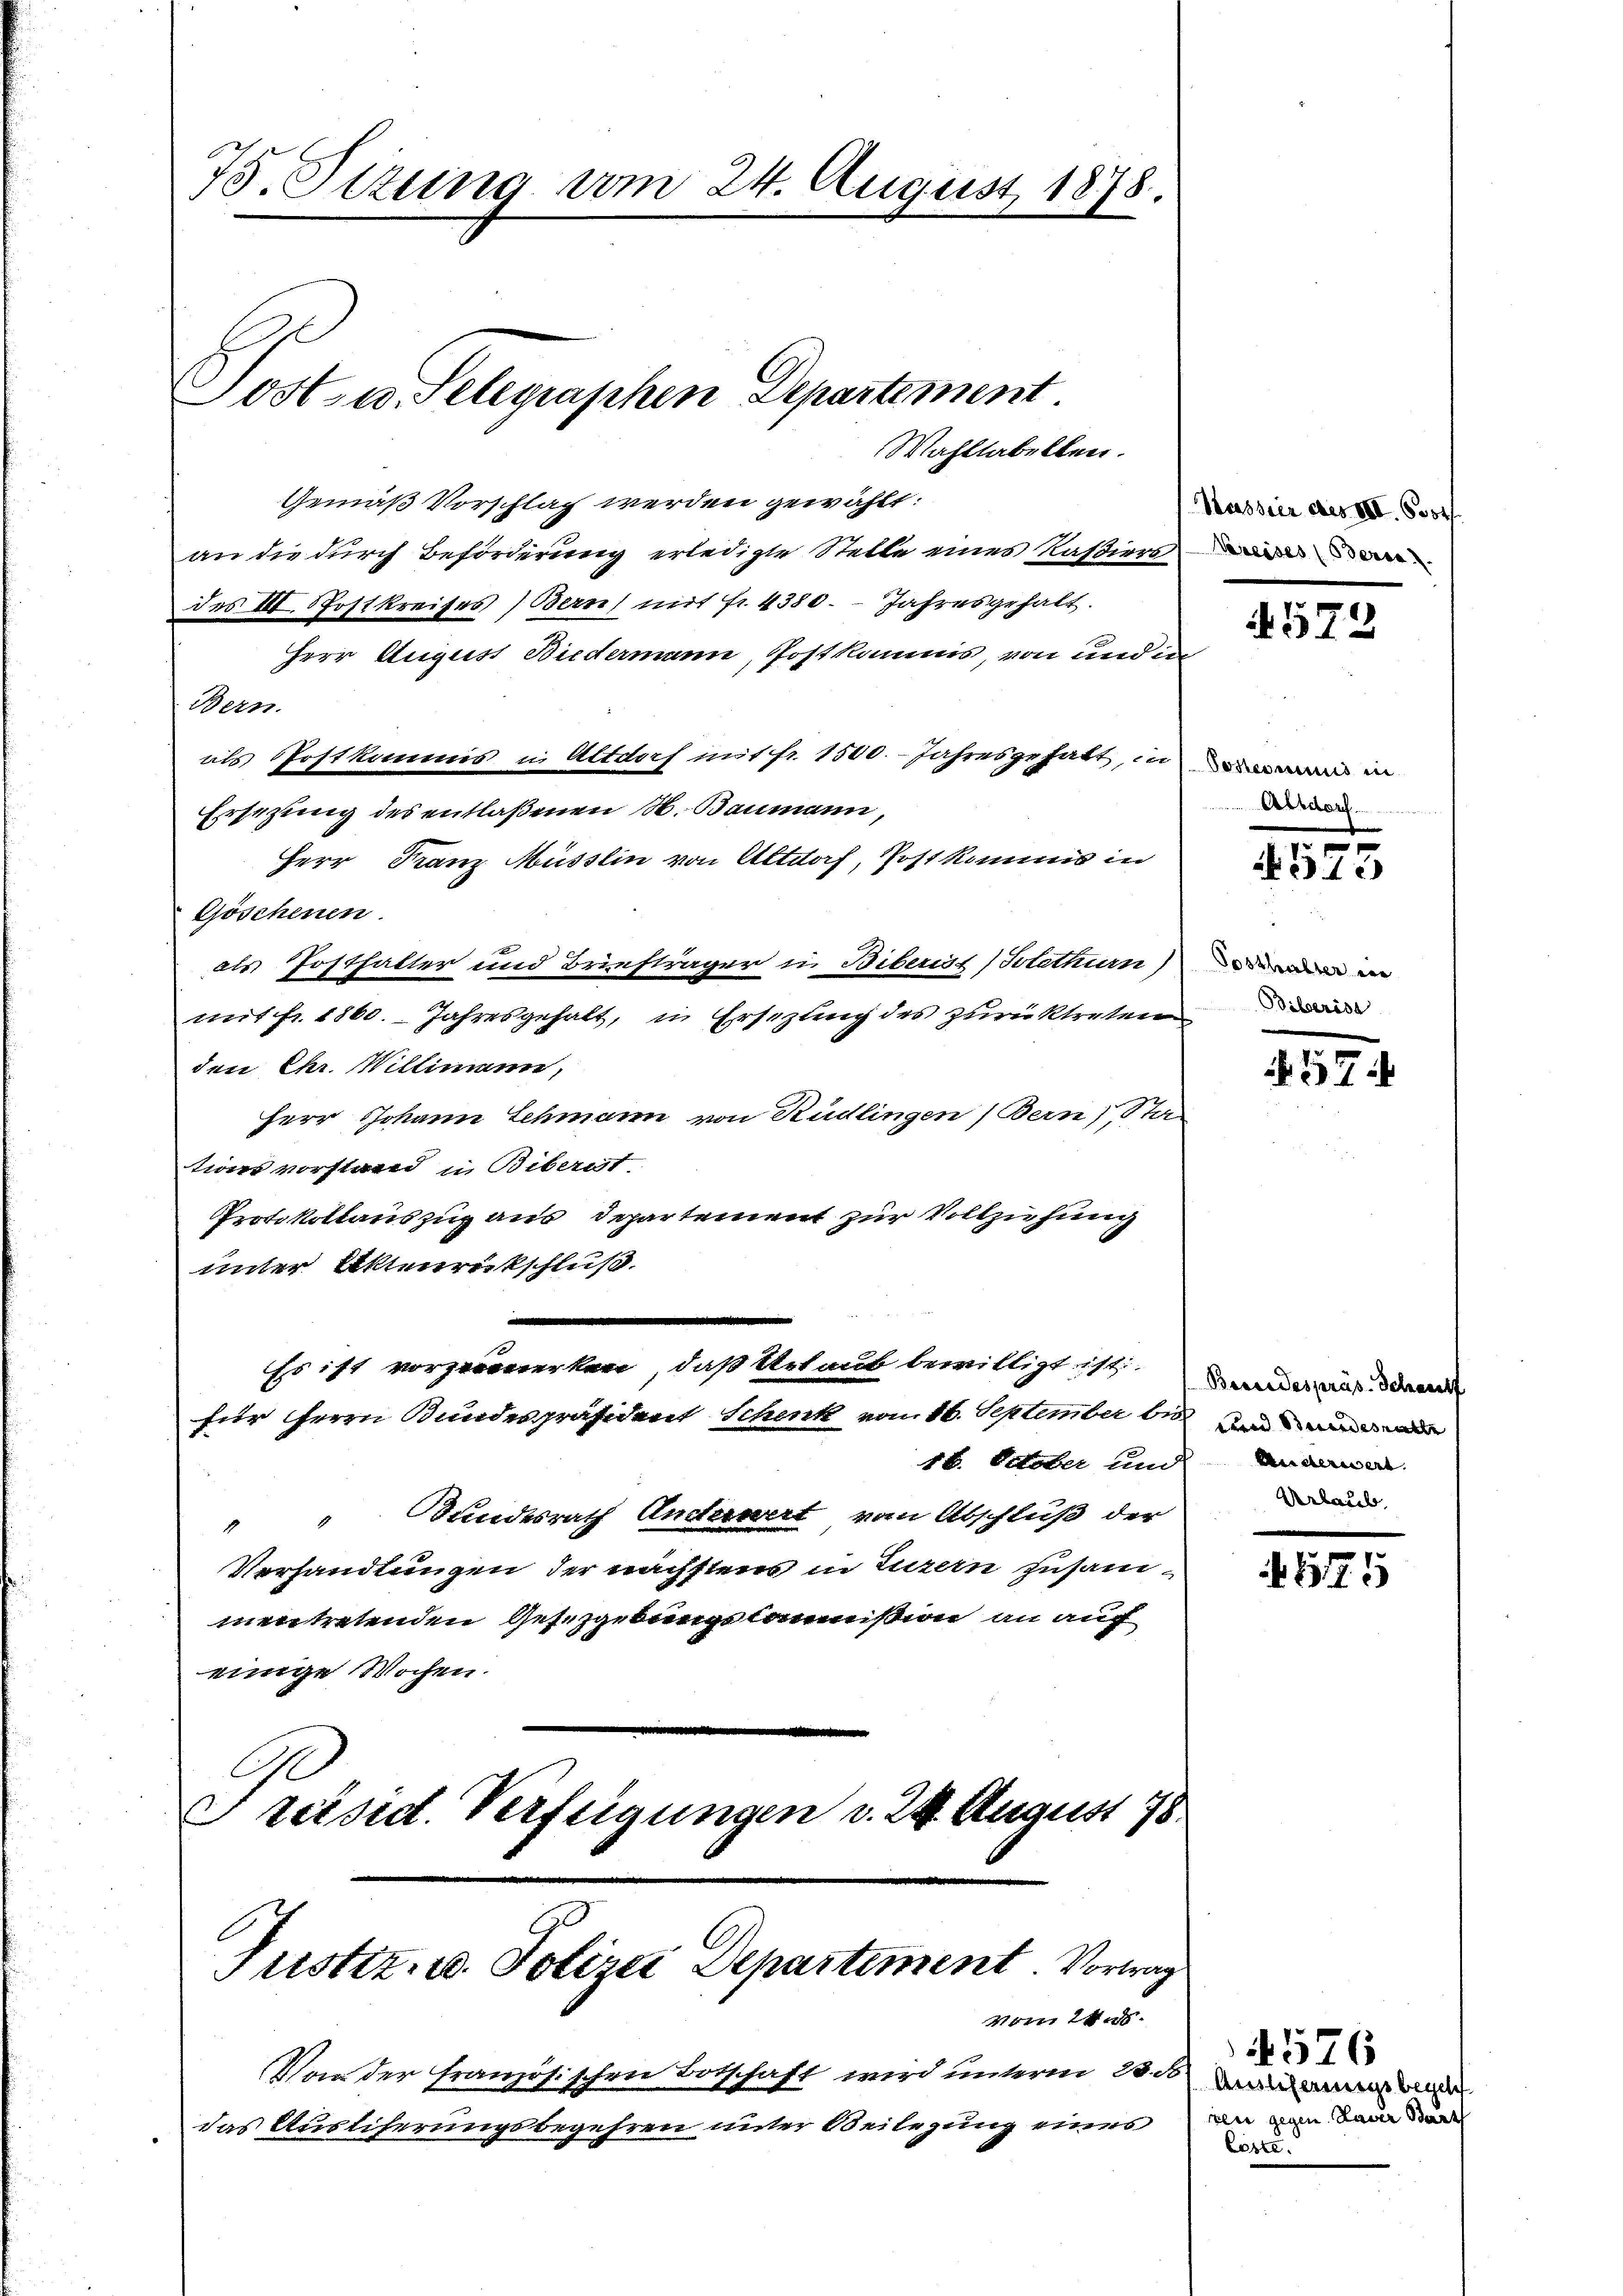
75. Sizung vom 24. August 1878.

Post u. Telegraschen Departement

Wahllabellen.
Gemäß Vorschlag werden gewählt:
an die durch Beförderung erledigte Stelle eines Kassiers
des III. Spostkreises Bern mit fr. 4380. Jahresgehalt.
Herr August Biedermann, Postkommnis, von und in
Bern.
als Postkommis in Altdorf mit fr. 1500. - Jahres gehatt, in en
Ersezung des entlaßenen M. Baumann,
Herr Franz Müsslin von Altdorf, Postkomms in
Göschenen.
als Posthalter und Briefträger in Biberist (Solothurn)
mit fr. 1860. Jahresgehalt, in Ersezung des zurücktreten da
den Chr. Willimann,
Herr Johann Schmann von Rüdlingen (Bern, Sta
tionsvorstand in Biberist
Protokollauszug aus Departement zur Vollziehung
unter Aktenrückschluß.
Es ist vorzumerken, daß Urlaub bewilligt ist
für Herrn Bundespräsident Schenk vom 16. September bei und
18. October und andamal
Bundesrath Anderwert, von Abschluß der
2
Verhandlungen der nächstens in Luzern zusammentretenden Gesetzgebungskommißion an auch
einige Wochen.
Präsid. Verfügungen v. 24. August 178

Justiz- u. Polizei Departement. Vorwar
vom 24. d.

Von der französischen Botschaft wird unterm 23. ds.

das Ausliferungsbegehren unter Beilegung eines

Scassier ces XIII. Prot

573

Eisdorf.

4575

Posthalter der

57

Bereidespräs. Schauff
Urlaub

454

576
Auslicherungsbegeh
ren gegen Taver Bart
Läste.